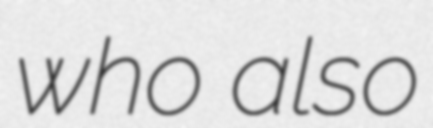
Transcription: who also